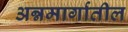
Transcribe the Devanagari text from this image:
अन्नमार्गातील